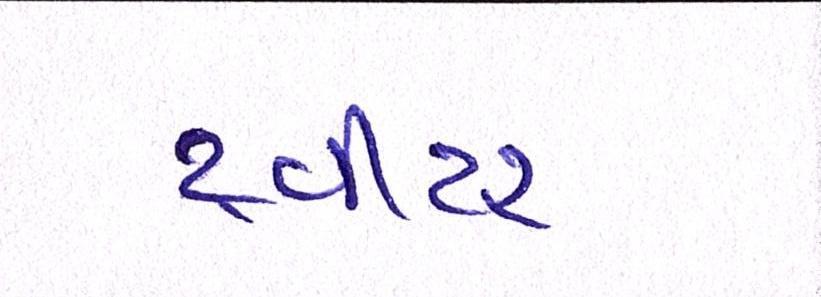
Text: ટ્વીટર